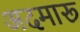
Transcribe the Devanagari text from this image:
अदमारू